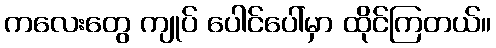
ကလေးတွေ ကျုပ် ပေါင်ပေါ်မှာ ထိုင်ကြတယ်။